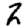
Digit: 2